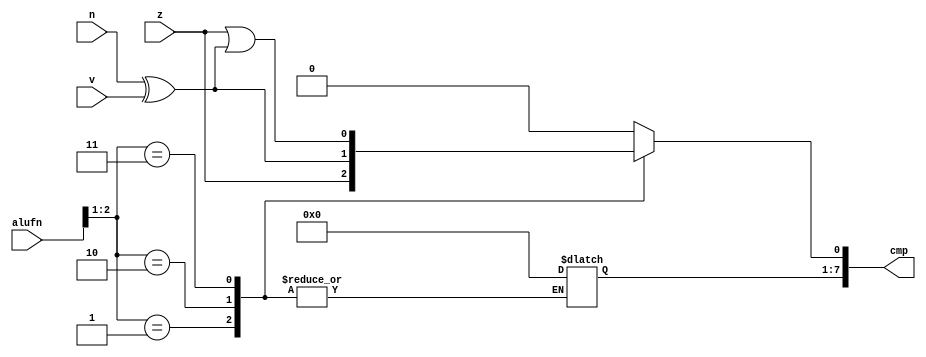
/*
   This file was generated automatically by the Mojo IDE version B1.3.5.
   Do not edit this file directly. Instead edit the original Lucid source.
   This is a temporary file and any changes made to it will be destroyed.
*/

module compare_25 (
    input [5:0] alufn,
    input z,
    input v,
    input n,
    output reg [7:0] cmp
  );
  
  
  
  always @* begin
    
    case (alufn[1+1-:2])
      2'h1: begin
        cmp[0+0-:1] = z;
      end
      2'h2: begin
        cmp[0+0-:1] = n ^ v;
      end
      2'h3: begin
        cmp[0+0-:1] = z | (n ^ v);
      end
      default: begin
        cmp = 8'h00;
      end
    endcase
  end
endmodule